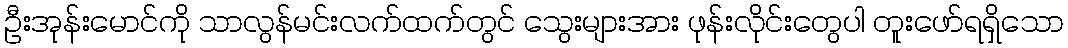
ဦးအုန်းမောင်ကို သာလွန်မင်းလက်ထက်တွင် သွေးများအား ဖုန်းလိုင်းတွေပါ တူးဖော်ရရှိသော